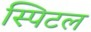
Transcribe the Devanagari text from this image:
स्पिटल